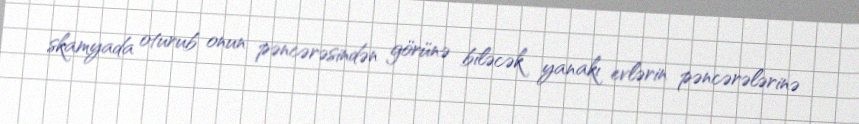
skamyada oturub onun pəncərəsindən görünə biləcək yanakı evlərin pəncərələrinə